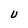
Character: U